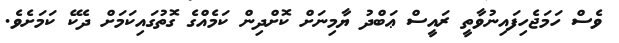
ވެސް ހަމަޖެހިފައިނުވާތީ ރައީސް ޢަބްދު ޔާމިނަށް ކޮށްދިން ކަމެއްގެ ގޮތުގައިކަމަށް ދެކޭ ކަމަށެވެ.